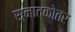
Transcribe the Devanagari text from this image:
स्नात्कोतर